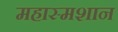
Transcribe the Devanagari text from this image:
महास्मशान